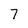
Character: 7